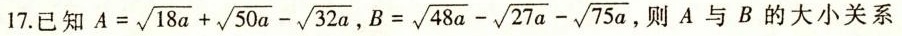
17.已知 $$A=\sqrt{18a}+\sqrt{50a}-\sqrt{32a},B=\sqrt{48a}-\sqrt{27a}-\sqrt{75a},$$ A与B的大小关系